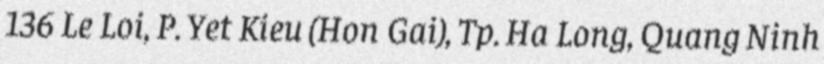
136 Le Loi, P. Yet Kieu (Hon Gai), Tp. Ha Long, Quang Ninh